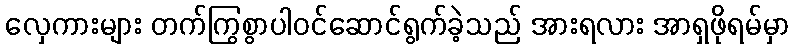
လှေကားများ တက်ကြွစွာပါဝင်ဆောင်ရွက်ခဲ့သည် အားရလား အာရှဖိုရမ်မှာ